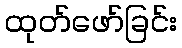
ထုတ်ဖော်ခြင်း